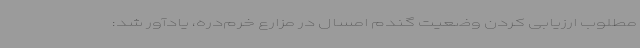
مطلوب ارزیابی کردن وضعیت گندم امسال در مزارع خرم‌دره، یادآور شد: